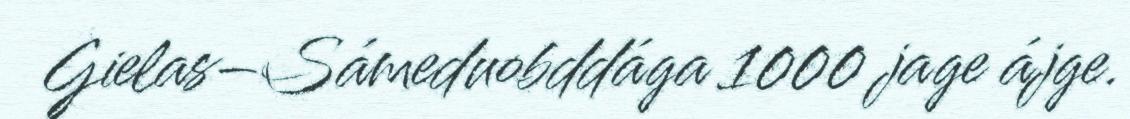
Gielas–Sámeduobddága 1000 jage ájge.